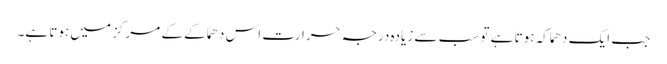
جب ایک دھماکہ ہوتا ہے تو سب سے زیادہ درجہ حرارت اس دھماکے کے مرکز میں ہوتا ہے۔